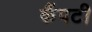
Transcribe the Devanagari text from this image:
कैंपटी